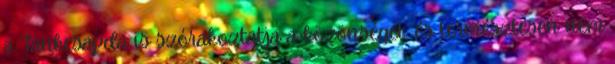
a Tankcsapda is szórakoztatja a közönséget, és természtesen nem